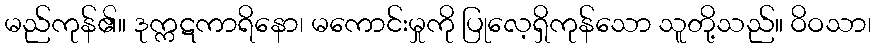
မည်ကုန်၏။ ဒုက္ကဋကာရိနော၊ မကောင်းမှုကို ပြုလေ့ရှိကုန်သော သူတို့သည်။ ဝိဝသာ၊